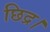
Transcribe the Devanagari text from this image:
छिद्र।